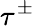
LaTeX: \tau^{\pm}